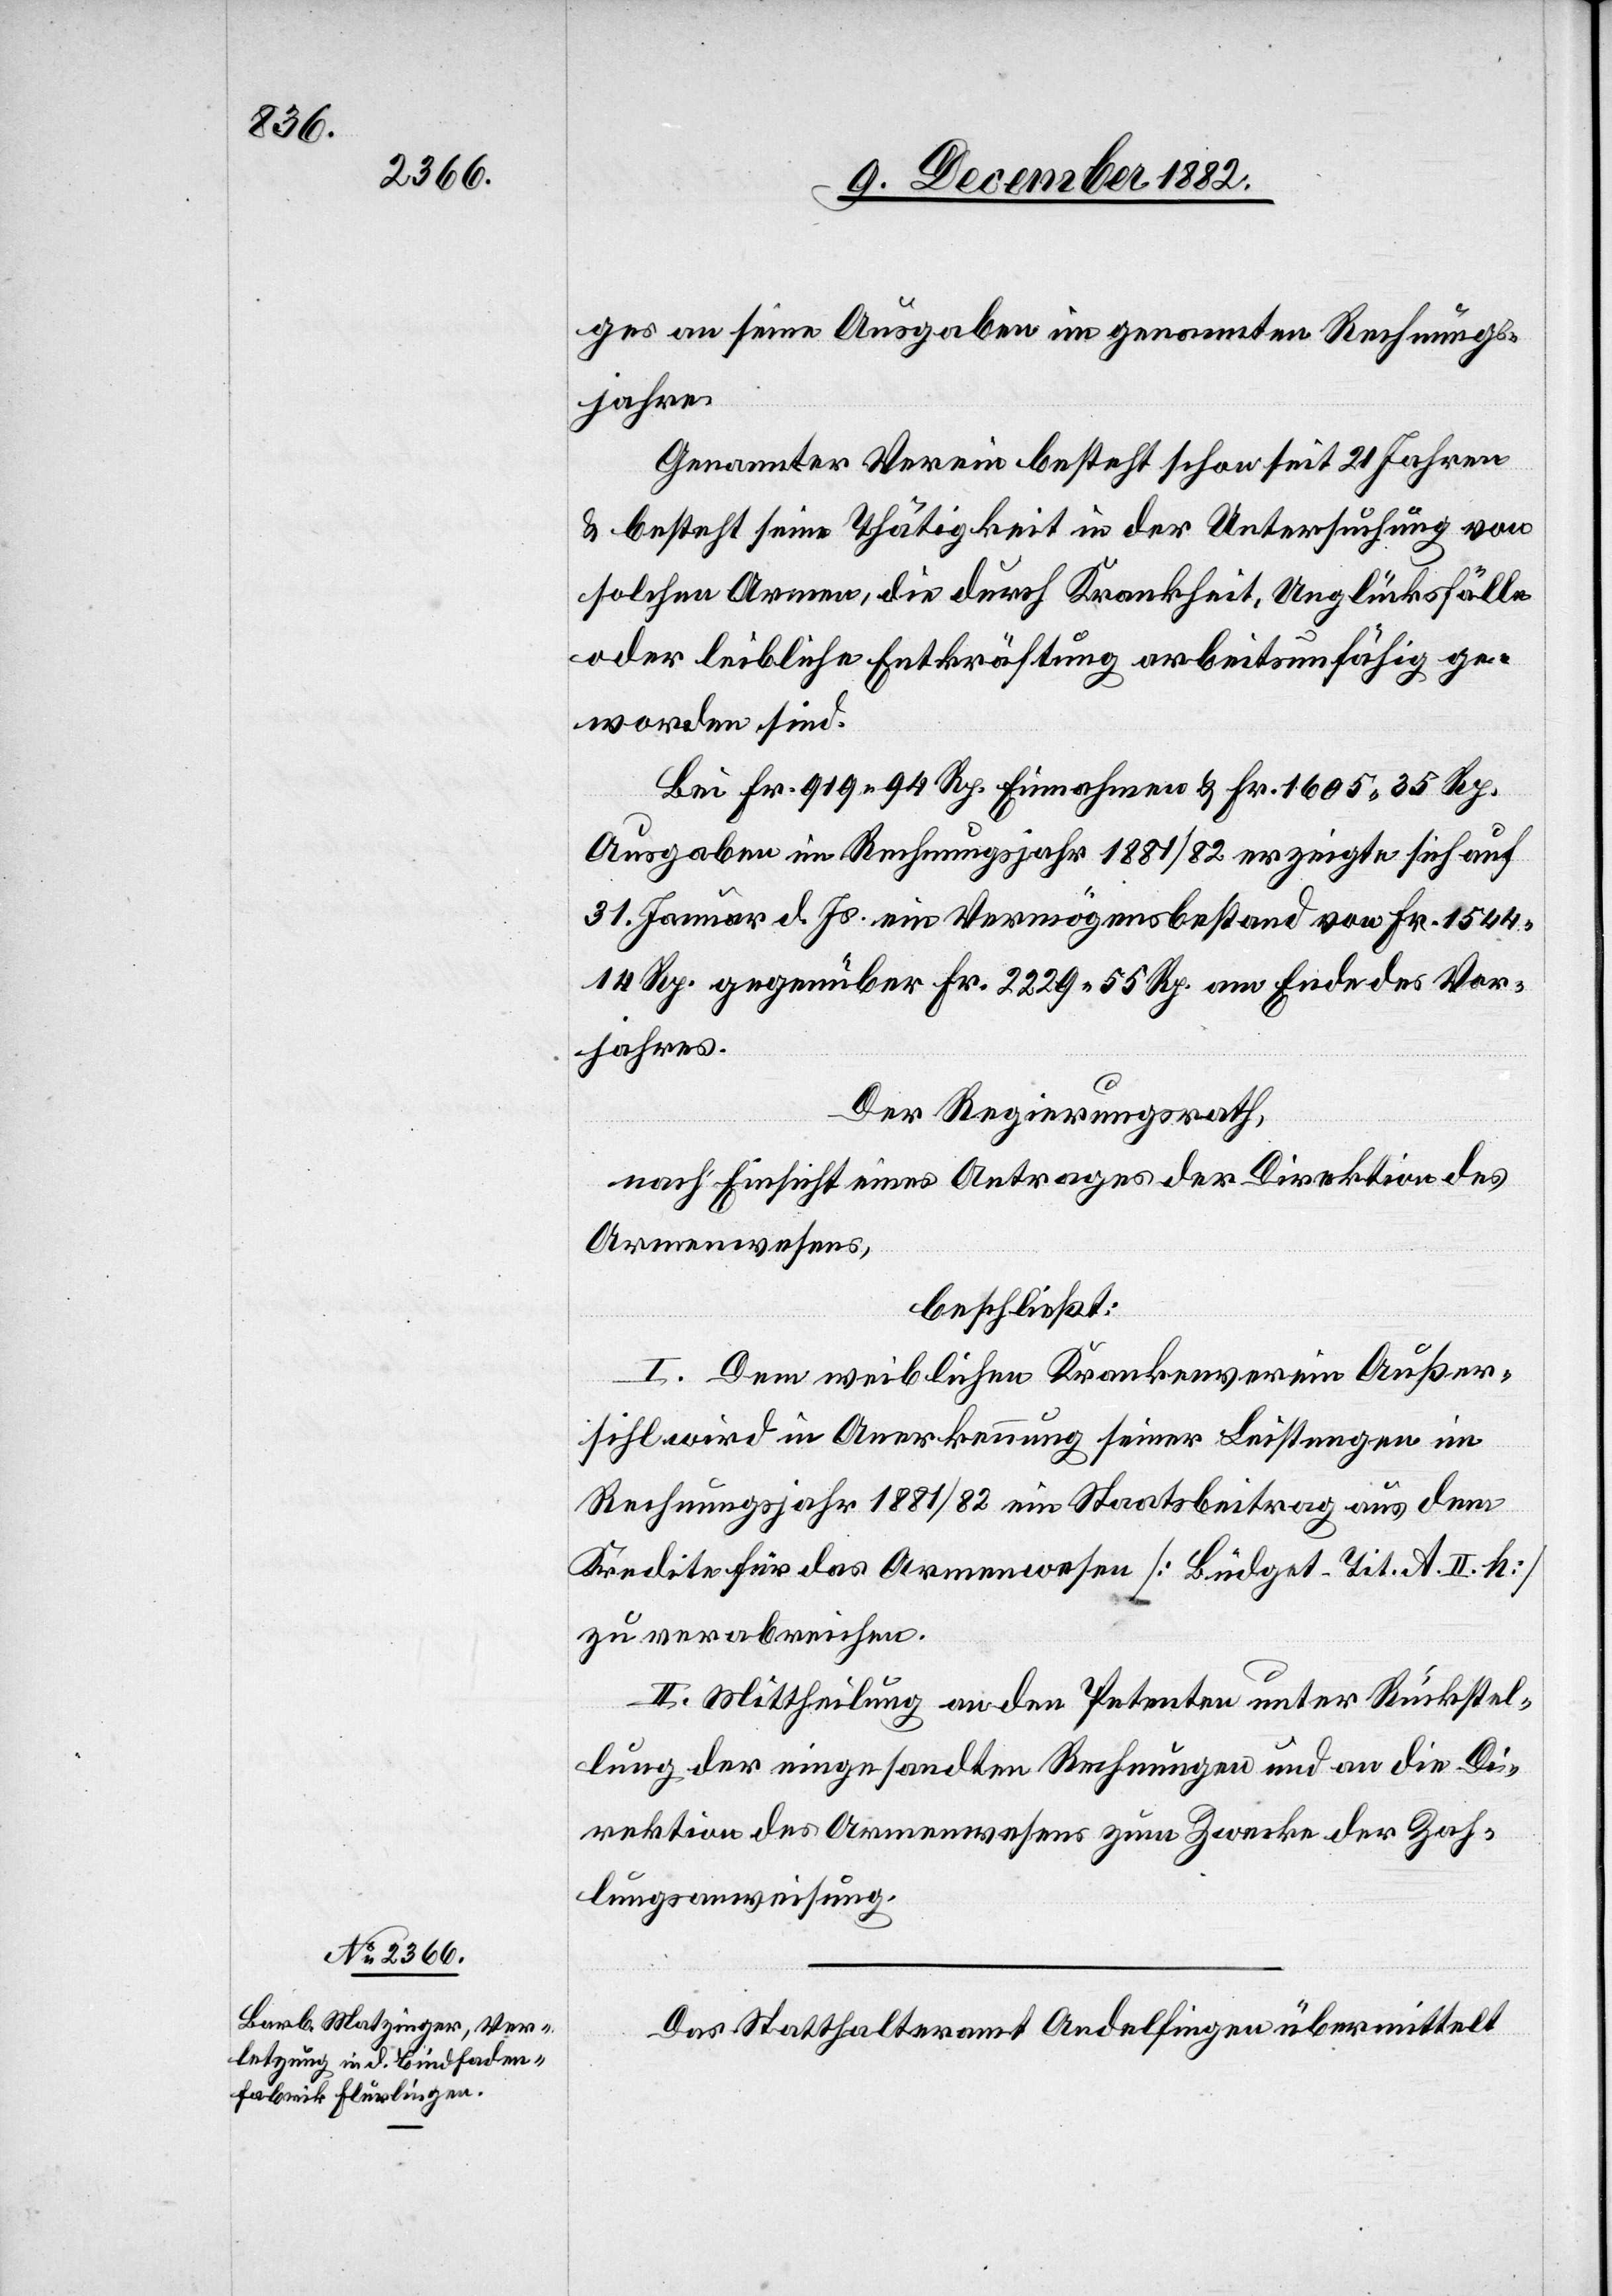
ges an seine Ausgaben im genannten Rechnungs¬
jahre.
Genannter Verein besteht schon seit 21 Jahren
& besteht seine Thätigkeit in der Untersuchung von
solchen Armen, die durch Krankheit, Unglücksfälle
oder leibliche Entkräftung arbeitsunfähig ge¬
worden sind.
Bei Fr. 919 94 Rp. Einnahmen & Fr. 1605 35 Rp.
Ausgaben im Rechnungsjahr 1881/82 erzeigte sich auf
31. Jenner d. Js. ein Vermögensbestand von Fr. 1504
14 Rp. gegenüber Fr. 2229 55 Rp. am Ende des Vor¬
jahres.
Der Regierungsrath,
nach Einsicht eines Antrages der Direktion des
Armenwesens,
beschließt:
I. Dem weiblichen Krankenverein Außer¬
sihl wird in Anerkennung seiner Leistungen im
Rechnungsjahr 1881/82 ein Staatsbeitrag aus dem
Kredite für das Armenwesen [Büdget-Tit. A. II. h.]
zu verabreichen
II. Mittheilung an den Petenten unter Rückstel¬
lung der eingesandten Rechnungen und an die Di¬
rektion des Armenwesens zum Zwecke der Zah¬
lungsanweisung.
Das Statthalteramt Andelfingen übermittelt